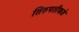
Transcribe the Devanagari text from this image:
तिरुपतीकडे